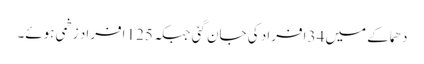
دھماکے میں 34 افراد کی جان گئی جبکہ 125 افراد زخمی ہوئے۔